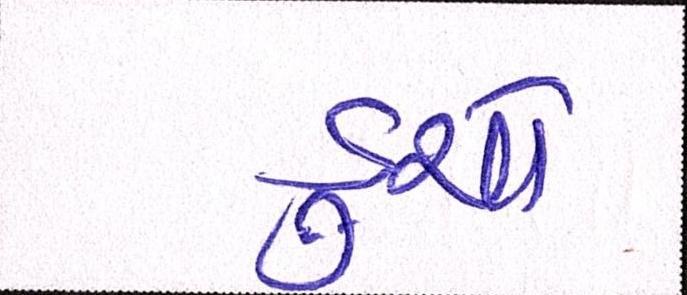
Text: ડુચો